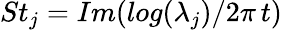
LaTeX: St_{j}=Im(log(\lambda_{j})/2\pi\, t)